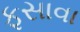
ફસાવા